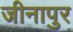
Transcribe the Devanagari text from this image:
जीनापुर